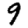
Digit: 9